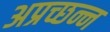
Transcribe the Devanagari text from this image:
अप्रच्छन्न